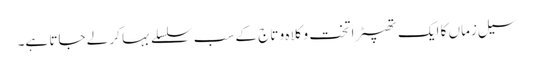
سیل زماں کا ایک تھپیڑا تخت و کلاہ و تاج کے سب سلسلے بہا کر لے جاتا ہے۔